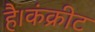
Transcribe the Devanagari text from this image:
है।कंक्रीट